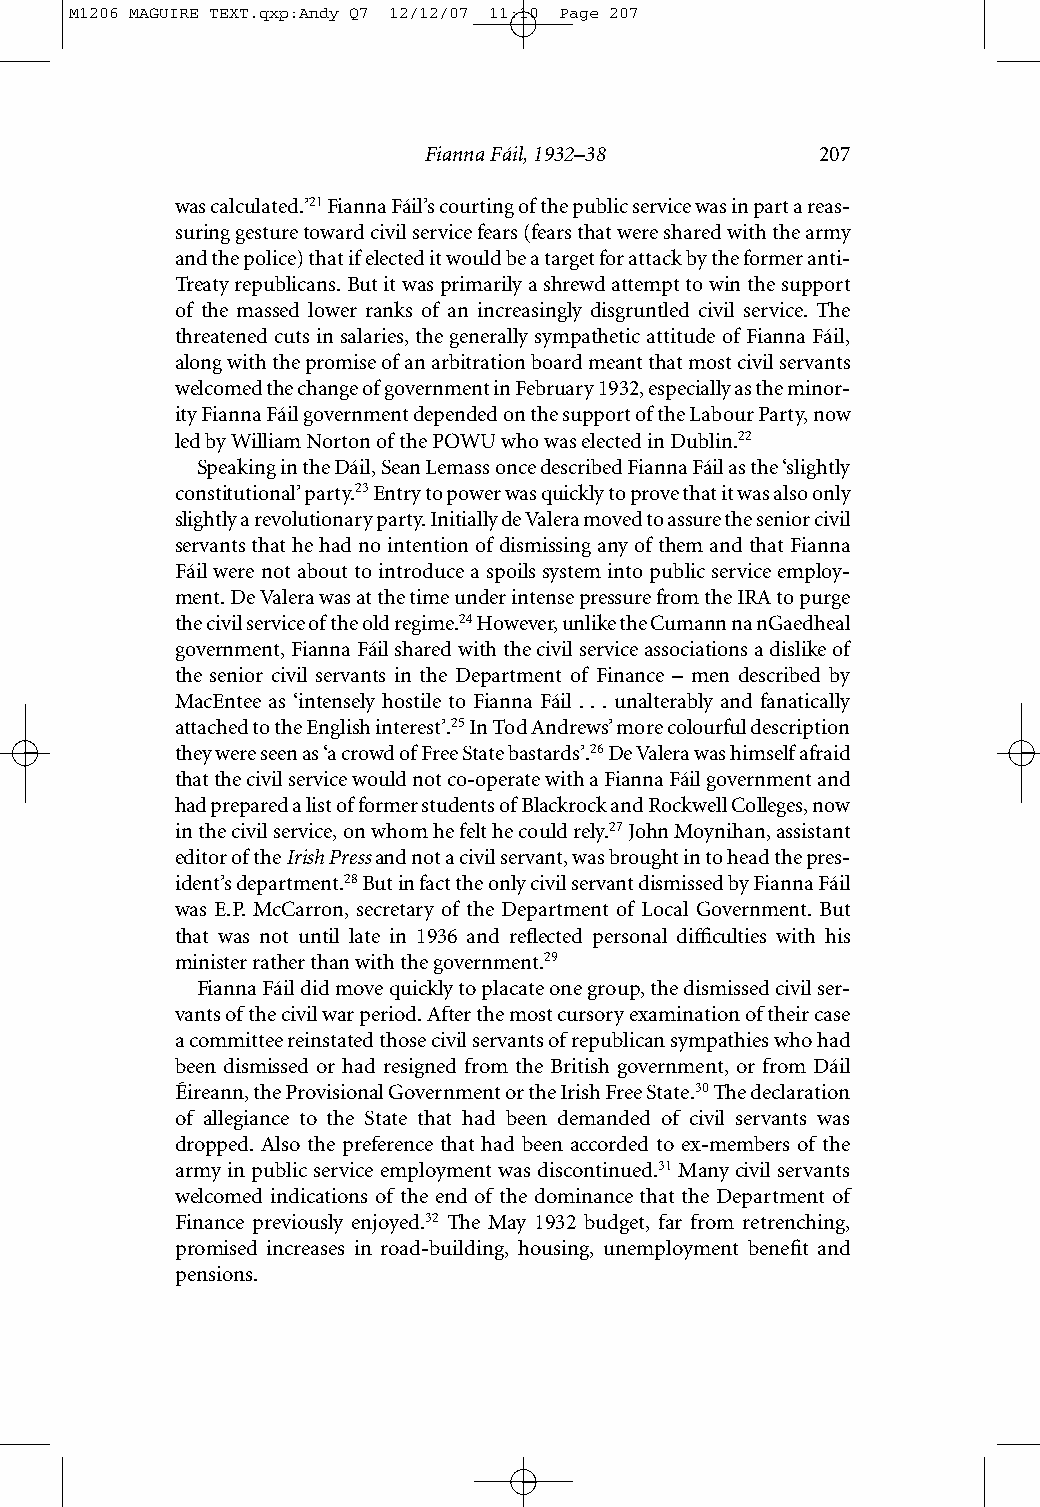
M1206 MAGUIRE TEXT.qxp:Andy Q7 12/12/07 11:10 Page 207
 Fianna Fáil, 1932–38      207
 was calculated.’21Fianna Fáil’s courting of the public service was in part a reas-
 suring gesture toward civil service fears (fears that were shared with the army
 and the police) that if elected it would be a target for attack by the former anti-
 Treaty republicans. But it was primarily a shrewd attempt to win the support
 of the massed lower ranks of an increasingly disgruntled civil service. The
 threatened cuts in salaries, the generally sympathetic attitude of Fianna Fáil,
 along with the promise of an arbitration board meant that most civil servants
 welcomed the change of government in February 1932, especially as the minor-
 ity Fianna Fáil government depended on the support of the Labour Party, now
 led by William Norton of the POWU who was elected in Dublin.22
 Speaking in the Dáil, Sean Lemass once described Fianna Fáil as the ‘slightly
 constitutional’ party.23Entry to power was quickly to prove that it was also only
 slightly a revolutionary party. Initially de Valera moved to assure the senior civil
 servants that he had no intention of dismissing any of them and that Fianna
 Fáil were not about to introduce a spoils system into public service employ-
 ment. De Valera was at the time under intense pressure from the IRA to purge
 the civil service of the old regime.24However, unlike the Cumann na nGaedheal
 government, Fianna Fáil shared with the civil service associations a dislike of
 the senior civil servants in the Department of Finance – men described by
 MacEntee as ‘intensely hostile to Fianna Fáil . . . unalterably and fanatically
 attached to the English interest’.25In Tod Andrews’ more colourful description
 they were seen as ‘a crowd of Free State bastards’.26De Valera was himself afraid
 that the civil service would not co-operate with a Fianna Fáil government and
 had prepared a list of former students of Blackrock and Rockwell Colleges, now
 in the civil service, on whom he felt he could rely.27John Moynihan, assistant
 editor of the Irish Pressand not a civil servant, was brought in to head the pres-
 ident’s department.28But in fact the only civil servant dismissed by Fianna Fáil
 was E.P. McCarron, secretary of the Department of Local Government. But
 that was not until late in 1936 and reflected personal difficulties with his
 minister rather than with the government.29
 Fianna Fáil did move quickly to placate one group, the dismissed civil ser-
 vants of the civil war period. After the most cursory examination of their case
 a committee reinstated those civil servants of republican sympathies who had
 been dismissed or had resigned from the British government, or from Dáil
 Éireann, the Provisional Government or the Irish Free State.30The declaration
 of allegiance to the State that had been demanded of civil servants was
 dropped. Also the preference that had been accorded to ex-members of the
 army in public service employment was discontinued.31 Many civil servants
 welcomed indications of the end of the dominance that the Department of
 Finance previously enjoyed.32 The May 1932 budget, far from retrenching,
 promised increases in road-building, housing, unemployment benefit and
 pensions.